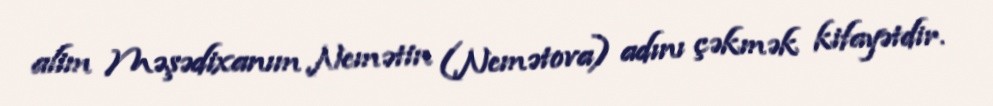
alim Məşədixanım Nemətin (Nemətova) adını çəkmək kifayətdir.